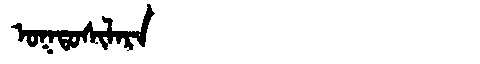
Manchu: ᠣᡴᡨᠣᠰᡳᠯᠠᡵᠠ
Romanization: OKTOSILARA